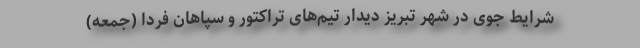
شرایط جوی در شهر تبریز دیدار تیم‌های تراکتور و سپاهان فردا (جمعه)